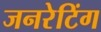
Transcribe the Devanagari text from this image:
जनरेटिंग